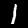
Digit: 1